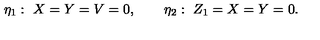
\eta _ { 1 } : \ X = Y = V = 0 , \qquad \eta _ { 2 } : \ Z _ { 1 } = X = Y = 0 .